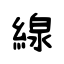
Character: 線